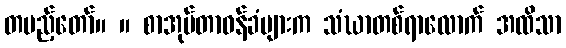
တပည့်တော်။ ။ စာအုပ်တာဝန်ခံများက သံဃာတစ်ရာလောက် အထိသာ